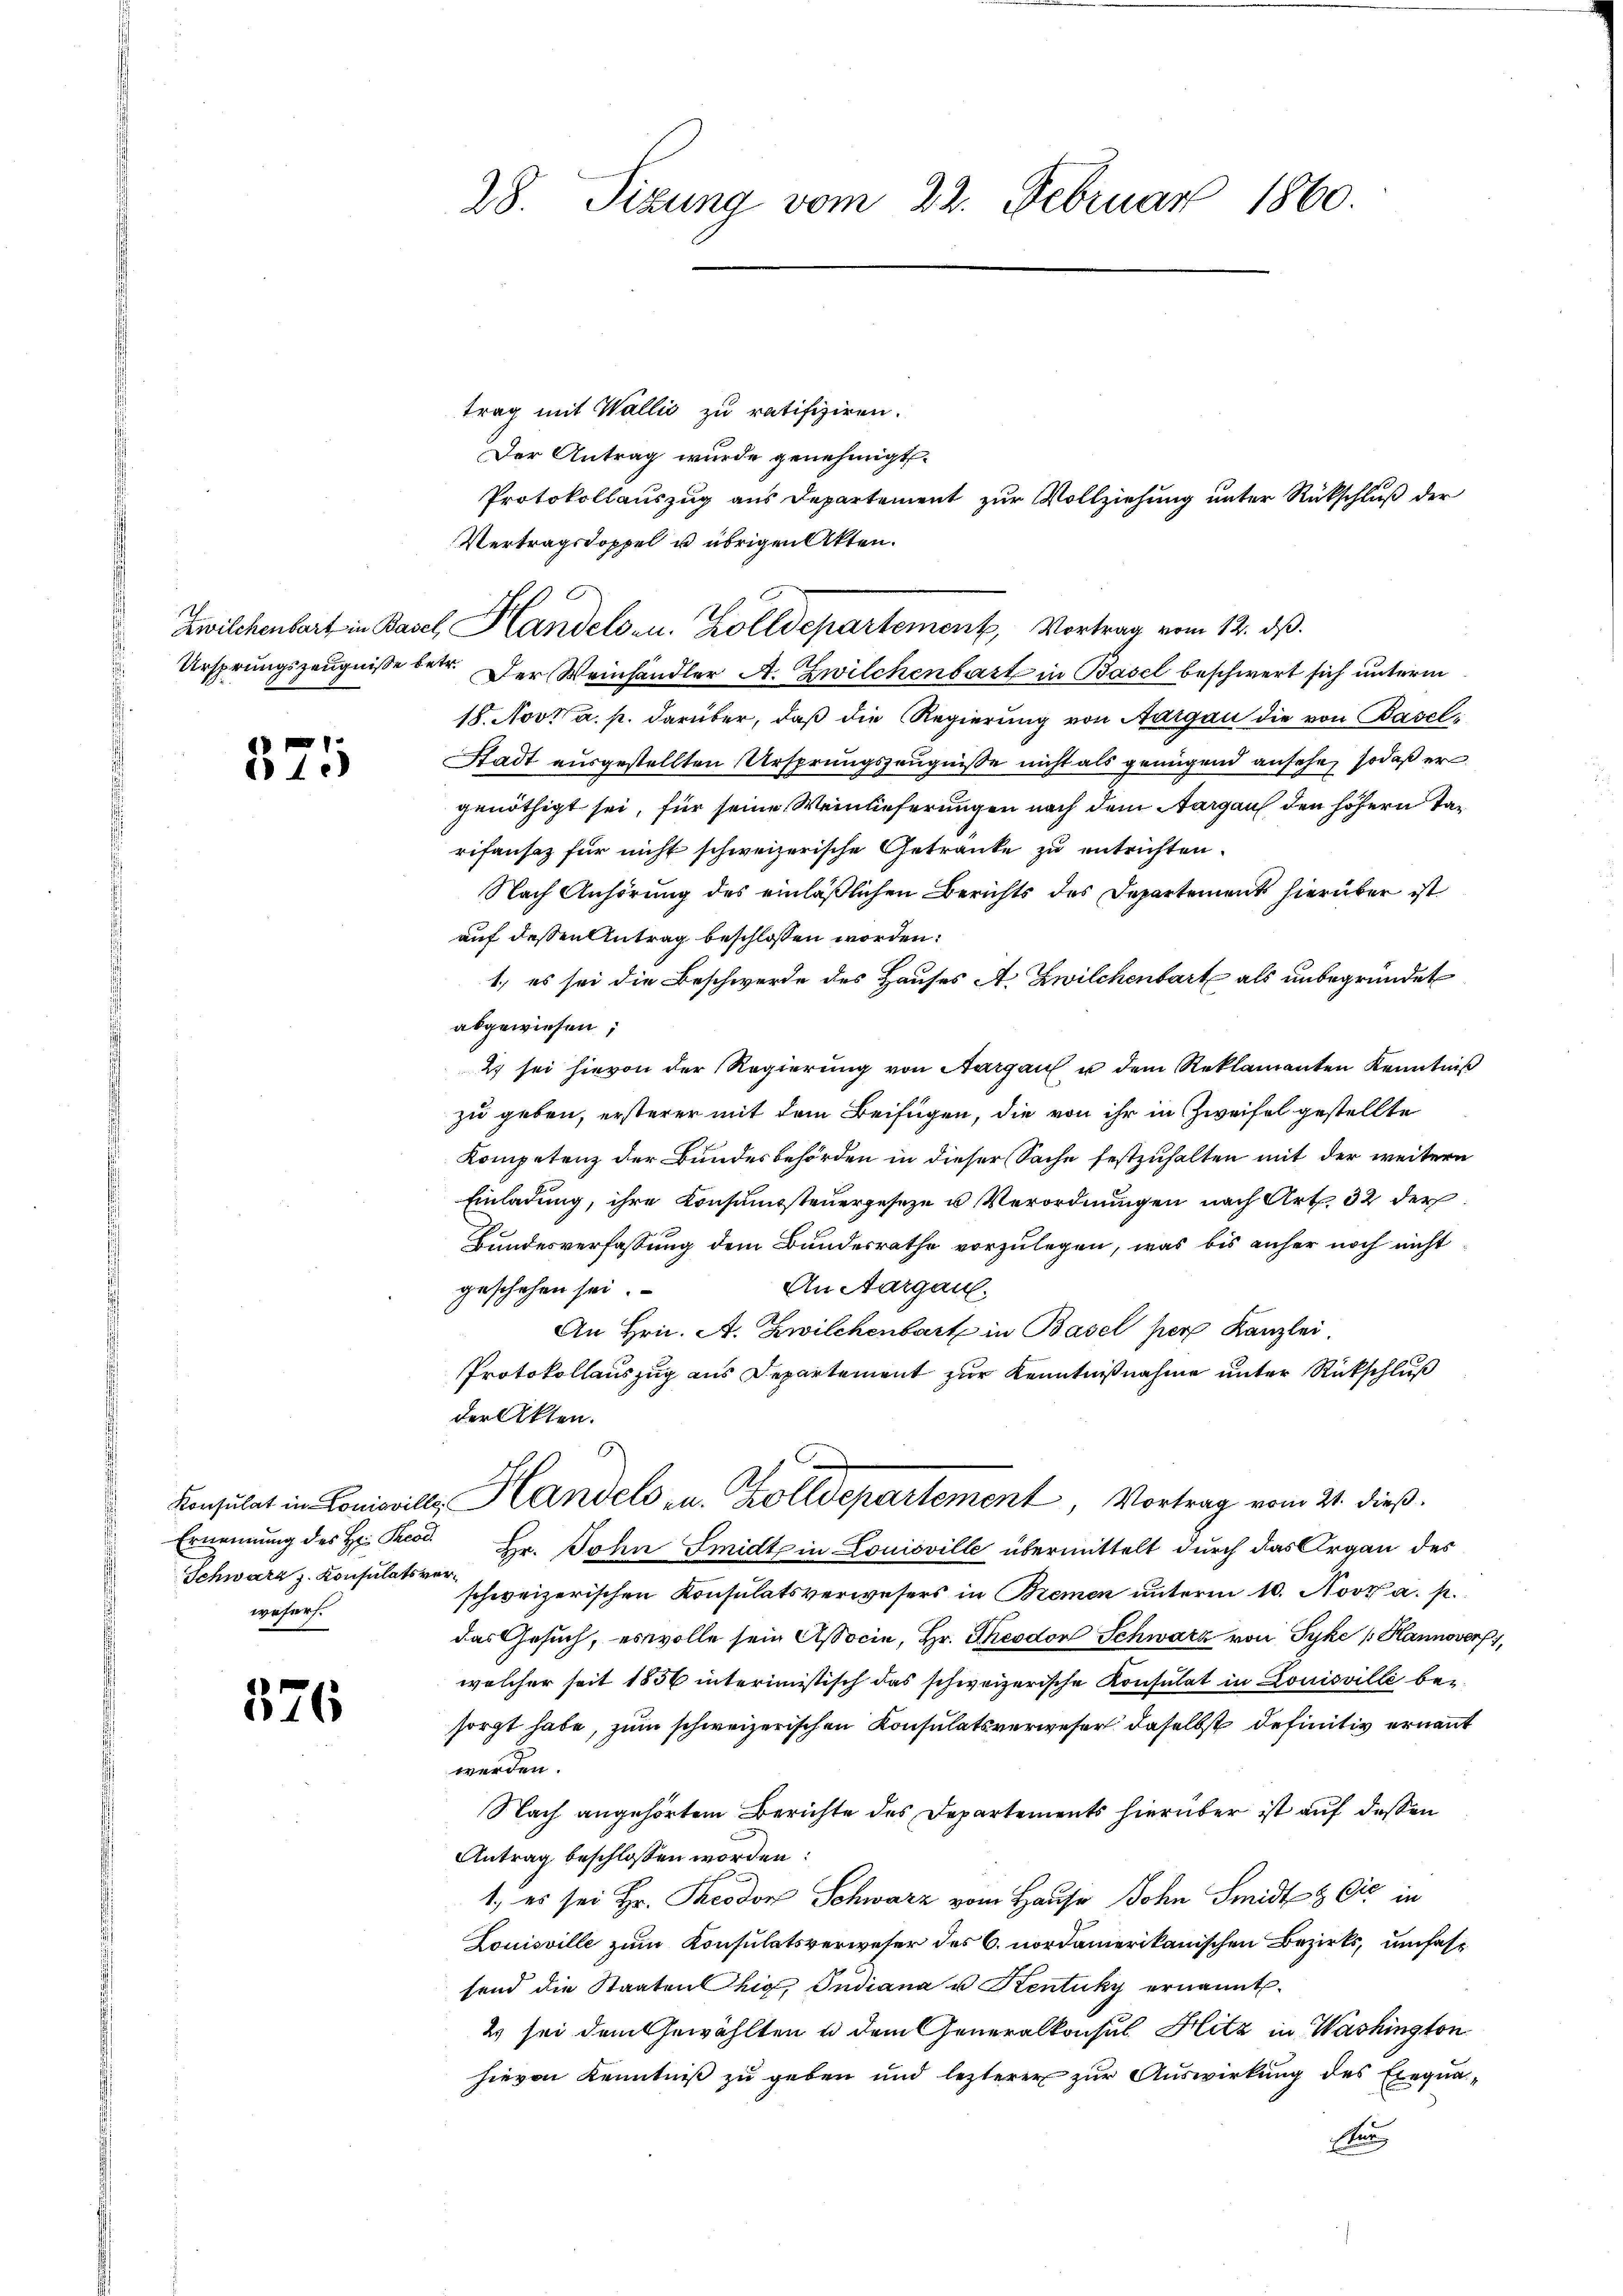
325

Schwarz z. Konsulatsverwesers.

576

trag mit Wallić zu ratifiziren.
Der Antrag wurde genehmigt.
Protokollauszug aus Departement zur Vollziehung unter Rückschluß der
Vertragsdoppel u übrigen Akten.
Ursprungszeugnisse betr. Der Weinhändler A. Zwilchenbart in Basel beschwert sich unterm
18. Nov. a. p. darüber, daß die Regierung von Aargau die von Basel,
Stadt ausgestellten Ursprungszeugnisse nicht als genügend ansehe, sodaß er
genöthigt sei, für seine Weinlieferungen nach dem Aargaus den höhern Tarifensez für nicht schweizerische Getränke zu entrichten.
Nach Anhörung des einläßlichen Berichts des Departement hierüber ist
auf dessen Antrag beschlossen worden:
1., es sei die Beschwerde des Hauses A. Zwilchenbart als unbegründet
abgewiesen;
2 sei hievon der Regierung von Aargau u dem Reklamanten Kenntniß
zu geben, ersterer mit dem Beifügen, die von ihr in Zweifel gestellte
Kompetenz der Bundesbehörden in dieser Sache festzuhalten mit der weitern
Einladung, ihre Konsumsteuergeseze u Verordnungen nach Art. 32 der
Bundesverfassung dem Bundesrathe vorzulegen, was bis anher noch nicht
An Aargau.
geschehen sei.
An Hrn. A. Zwilchenbart in Basel per Kanzlei.
Protokollauszug aus Departement zur Kenntnißnahme unter Rückschluß
der Akten.
Konsulat in Louisvill, Handels zu. Zolldepartement Vortrag vom 21. dieß.
Ernennung des Hr. Prod. Hr. John Smidt in Louisville übermittelt durch das Organ des
schweizerischen Konsulatsverwesers in Bremen unterm 10. Nov. a. p.
das Gesuch, es wolle sein Associe, Hr. Theodon Schwarz von Syke (Hannover
welcher seit 1856 interimistisch das schweizerische Konsulat in Louisville besorgt habe, zum schweizerischen Konsulatsverweser daselbst definitiv ernannt
werden.
Nach angehörtem Berichte des Departements hierüber ist auf dessen
Antrag beschlossen worden:
1, es sei Hr. Theodor Schwarz vom Hause Sohn Smidt & Cie in
Louisville zum Konsulatsverweser des C. nordamerikanischen Bezirks, umfasfend die Staaten hig, Indiana u Kentuky ernannt.
2 sei dem Gewählten u dem Generalkonsul Hitz in Washington
hievon Kenntniß zu geben und lezterer zur Auswirkung des Elegna¬
Kan

28. Sizung vom 22. Februar 1860.

Zwilchenbart in Basel, Handelsen. Zolldepartement, Vortrag vom 12. ds.